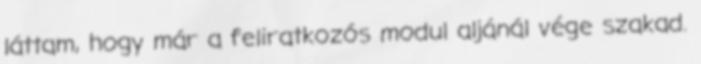
láttam, hogy már a feliratkozós modul aljánál vége szakad.